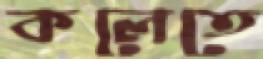
কলেতে